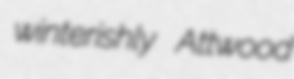
winterishly Attwood